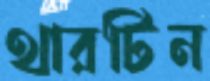
থারটিন